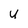
Character: U